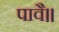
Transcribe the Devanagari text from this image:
पावै॥